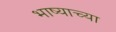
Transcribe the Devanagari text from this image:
भाष्याच्या